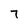
Character: 7